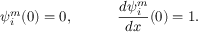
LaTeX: \psi _ { i } ^ { m } ( 0 ) = 0 , \quad \qquad { \frac { d \psi _ { i } ^ { m } } { d x } } ( 0 ) = 1 .